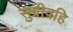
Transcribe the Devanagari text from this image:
सुग्रीवहि